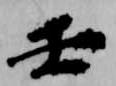
壬